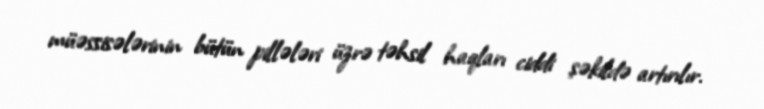
müəssisələrinin bütün pillələri üzrə təhsil haqları ciddi şəkildə artırılır.